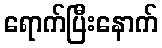
ရောက်ပြီးနောက်